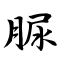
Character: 脲